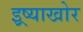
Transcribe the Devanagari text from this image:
इष्र्याखोर